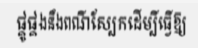
ផ្គូផ្គងនឹងពណ៌ស្បែកដើម្បីធ្វើឱ្យ